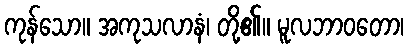
ကုန်သော။ အကုသလာနံ၊ တို့၏။ မူလဘာဝတော၊